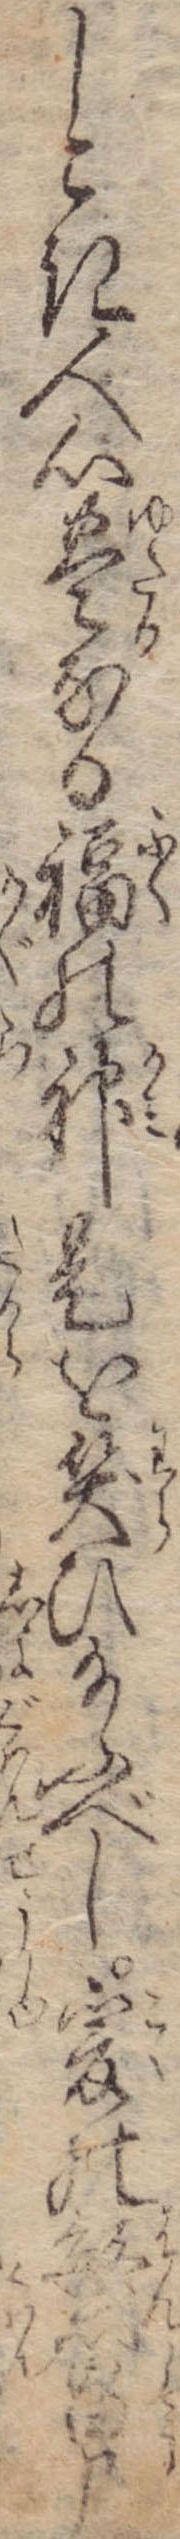
しこき人心豊なる福の神是を笑ひ給ふべし爰の繁昌申